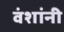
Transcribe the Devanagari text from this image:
वंशांनी